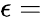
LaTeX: \epsilon=